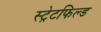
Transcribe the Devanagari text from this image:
स्ट्रेटफिल्ड